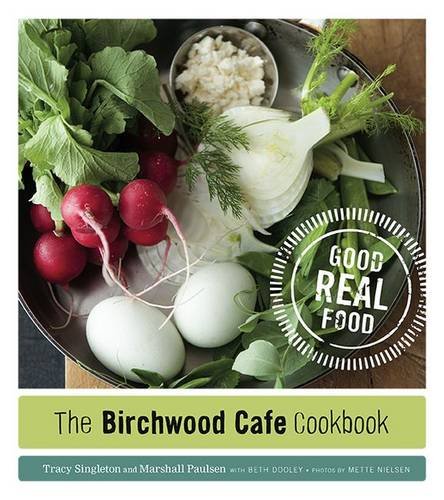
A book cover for The Birchwood Cafe Cookbook: Good Real Food; Tracy Singleton; Cookbooks, Food & Wine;